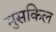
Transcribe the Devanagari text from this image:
मुसकिल